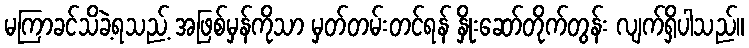
မကြာခင်သိခဲ့ရသည့် အဖြစ်မှန်ကိုသာ မှတ်တမ်းတင်ရန် နှိုးဆော်တိုက်တွန်း လျက်ရှိပါသည်။